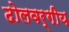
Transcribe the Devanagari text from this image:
ढोलवर्गीय